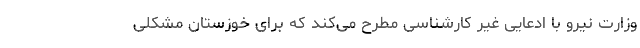
وزارت نیرو با ادعایی غیر کارشناسی مطرح می‌کند که برای خوزستان مشکلی